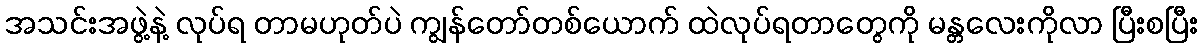
အသင်းအဖွဲ့နဲ့ လုပ်ရ တာမဟုတ်ပဲ ကျွန်တော်တစ်ယောက် ထဲလုပ်ရတာတွေကို မန္တလေးကိုလာ ပြီးစပြီး